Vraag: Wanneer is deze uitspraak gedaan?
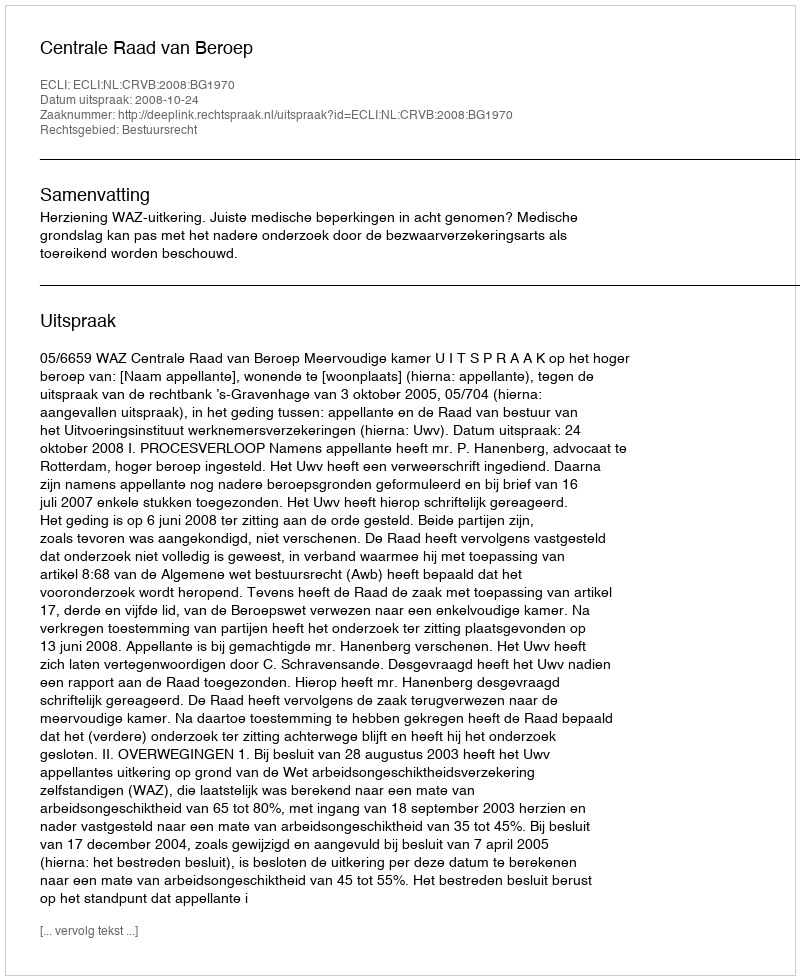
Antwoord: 2008-10-24